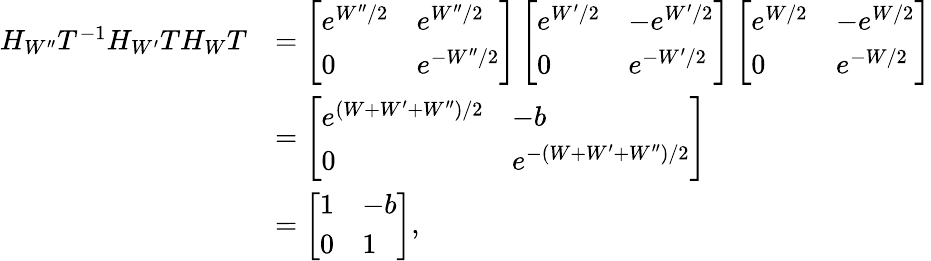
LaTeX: \begin{array}{rl}{H_{W^{\prime\prime}}T^{-1}H_{W^{\prime}}TH_{W}T}&{=\left[\begin{array}{ll}{e^{W^{\prime\prime}/2}}&{e^{W^{\prime\prime}/2}}\\ {0}&{e^{-W^{\prime\prime}/2}}\end{array}\right]\left[\begin{array}{ll}{e^{W^{\prime}/2}}&{-e^{W^{\prime}/2}}\\ {0}&{e^{-W^{\prime}/2}}\end{array}\right]\left[\begin{array}{ll}{e^{W/2}}&{-e^{W/2}}\\ {0}&{e^{-W/2}}\end{array}\right]}\\ &{=\left[\begin{array}{ll}{e^{(W+W^{\prime}+W^{\prime\prime})/2}}&{-b}\\ {0}&{e^{-(W+W^{\prime}+W^{\prime\prime})/2}}\end{array}\right]}\\ &{=\left[\begin{array}{ll}{1}&{-b}\\ {0}&{1}\end{array}\right],}\end{array}